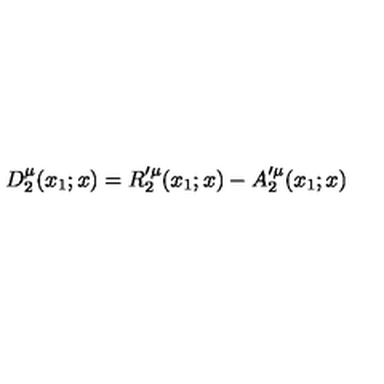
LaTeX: D _ { 2 } ^ { \mu } ( x _ { 1 } ; x ) = R _ { 2 } ^ { \prime \mu } ( x _ { 1 } ; x ) - A _ { 2 } ^ { \prime \mu } ( x _ { 1 } ; x )